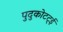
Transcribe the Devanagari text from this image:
पुदुकोटट्ई